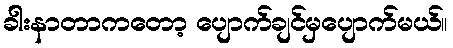
ခါးနာတာကတော့ ပျောက်ချင်မှပျောက်မယ်။